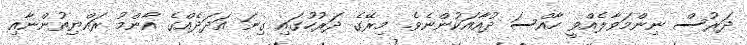
ދަރުސް ނިންމަވާލެއްވީ ހާއްސަ ދުއާއަކުންނެވެ. މިރޭގެ ދަރުހުގައި ގިނަ އަދަދެއްގެ އާންމު ރައްޔިތުންނާއި